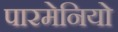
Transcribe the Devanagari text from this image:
पारमेनियो